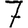
Digit: 7